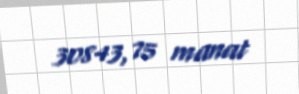
30843,75 manat